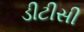
ડીટીસી